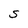
Character: S